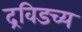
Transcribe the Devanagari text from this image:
द्रविडच्य